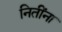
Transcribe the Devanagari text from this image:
नितींना